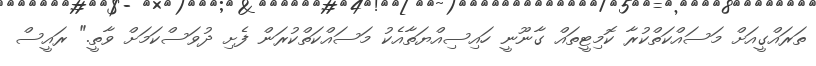
ތަރައްގީއަށް މަސައްކަތްކުރާ ކޮމިޓީތައް ގާނޫނީ ހައިސިއްޔަތާއެކު މަސައްކަތްކުރަން ފެށި ދުވަސްކަމަށް ވާތީ." ރައީސް